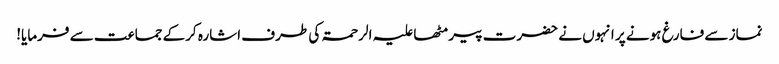
نماز سے فارغ ہونے پر انہوں نے حضرت پیر مٹھا علیہ الرحمۃ کی طرف اشارہ کرکے جماعت سے فرمایا!